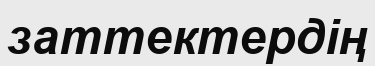
заттектердің